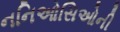
નનિઓસિઓની